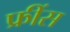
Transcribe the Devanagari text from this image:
फ्रींस